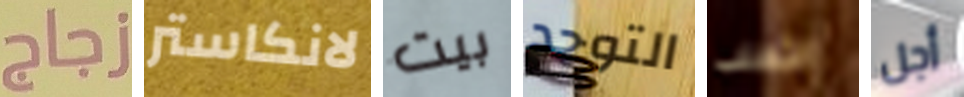
زجاج لانكاستر بيت التوحد الثعلب أجل